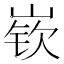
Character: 嵚